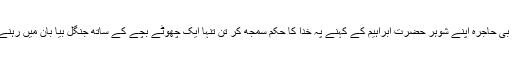
آپ دیکھیں حضرت بی بی حاجرہ اپنے شوہر حضرت ابراہیم کے کہنے پہ خدا کا حکم سمجھ کر تن تنہا ایک چھوٹے بچے کے ساتھ جنگل بیا بان میں رہنے کے لیے تیار ہو گئیں۔